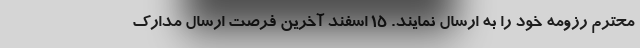
محترم رزومه خود را به ارسال نمایند. ۱۵ اسفند آخرین فرصت ارسال مدارک